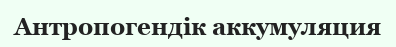
Антропогендік аккумуляция